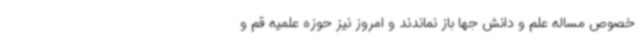
خصوص مساله علم و دانش جها باز نماندند و امروز نیز حوزه علمیه قم و